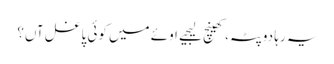
یہ رہا دوپٹہ، کھینچ لیجیے	اوئے میں کوئی پاغل آں؟